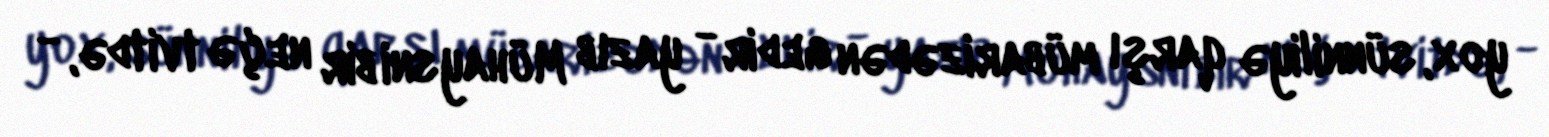
yox, sünniliyə qarşı mübarizədən gedir - yazıb Mühaysni bir neçə tvitdə, -